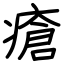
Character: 瘡